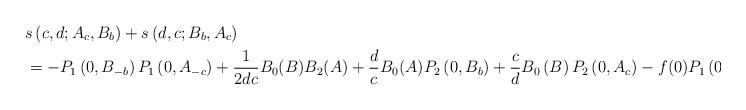
LaTeX: \begin{align*}& s\left( c,d;A_{c},B_{b}\right) +s\left( d,c;B_{b},A_{c}\right) \\& =-P_{1}\left( 0,B_{-b}\right) P_{1}\left( 0,A_{-c}\right) +\frac{1}{2dc}B_{0}(B)B_{2}(A)+\frac{d}{c}B_{0}(A)P_{2}\left( 0,B_{b}\right)+\frac{c}{d}B_{0}\left( B\right) P_{2}\left( 0,A_{c}\right) -f(0)P_{1}\left( 0,B\right) .\end{align*}